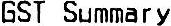
GST SUMMARY